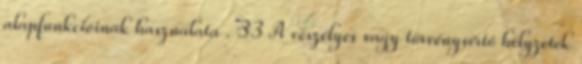
alapfunkcióinak használata . 33 A veszélyes vagy törvénysértő helyzetek